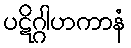
ပဋိဂ္ဂါဟကာနံ